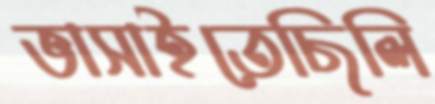
ভাসাইতেছিলি